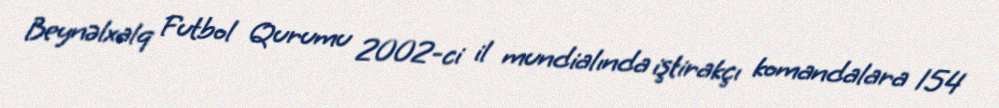
Beynəlxalq Futbol Qurumu 2002-ci il mundialında iştirakçı komandalara 154